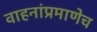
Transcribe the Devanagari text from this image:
वाहनांप्रमाणेच